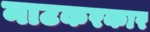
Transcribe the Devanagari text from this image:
नाटकरकार